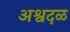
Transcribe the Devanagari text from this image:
अश्वदळ